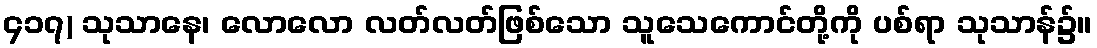
၄၁၇) သုသာနေ၊ လောလော လတ်လတ်ဖြစ်သော သူသေကောင်တို့ကို ပစ်ရာ သုသာန်၌။